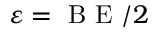
\varepsilon = \textrm { B E } / 2